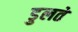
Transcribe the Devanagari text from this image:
डुलते